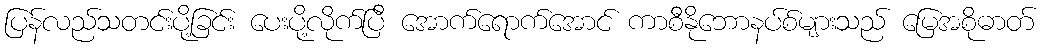
ပြန်လည်သတင်းပို့ခြင်း ပေးပို့လိုက်ပြီ အောက်ရောက်အောင် ကာစီနိုဘောနပ်စ်များသည် မြေအစိုဓာတ်